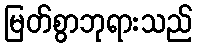
မြတ်စွာဘုရားသည်